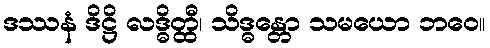
ဒဿနံ ဒိဋ္ဌိ လဒ္ဓိတ္ထီ၊ သိဒ္ဓန္တော သမယော ဘဝေ။